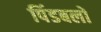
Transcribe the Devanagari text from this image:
पिंडबलों